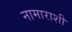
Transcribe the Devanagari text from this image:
नामाराशी